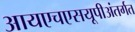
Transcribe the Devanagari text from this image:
आयएचएसयूपीअंतर्गत